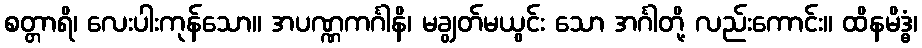
စတ္တာရိ၊ လေးပါးကုန်သော။ အပဏ္ဏကင်္ဂါနိ၊ မချွတ်မယွင်း သော အင်္ဂါတို့ လည်းကောင်း။ ထိနမိဒ္ဓံ၊